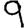
Digit: 9